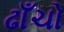
ઢાઁચો